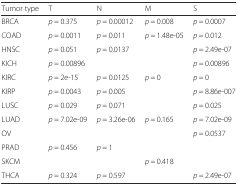
<table><thead><tr><td><b>Tumor type</b></td><td><b>T</b></td><td><b>N</b></td><td><b>M</b></td><td><b>S</b></td></tr></thead><tbody><tr><td>BRCA</td><td><i>p</i> = 0.375</td><td><i>p</i> = 0.00012</td><td><i>p</i> = 0.008</td><td><i>p</i> = 0.0007</td></tr><tr><td>COAD</td><td><i>p</i> = 0.0011</td><td><i>p</i> = 0.011</td><td><i>p</i> = 1.48e-05</td><td><i>p</i> = 0.012</td></tr><tr><td>HNSC</td><td><i>p</i> = 0.051</td><td><i>p</i> = 0.0137</td><td></td><td><i>p</i> = 2.49e-07</td></tr><tr><td>KICH</td><td><i>p</i> = 0.00896</td><td></td><td></td><td><i>p</i> = 0.00896</td></tr><tr><td>KIRC</td><td><i>p</i> = 2e-15</td><td><i>p</i> = 0.0125</td><td><i>p</i> = 0</td><td><i>p</i> = 0</td></tr><tr><td>KIRP</td><td><i>p</i> = 0.0043</td><td><i>p</i> = 0.005</td><td></td><td><i>p</i> = 8.86e-007</td></tr><tr><td>LUSC</td><td><i>p</i> = 0.029</td><td><i>p</i> = 0.071</td><td></td><td><i>p</i> = 0.025</td></tr><tr><td>LUAD</td><td><i>p</i> = 7.02e-09</td><td><i>p</i> = 3.26e-06</td><td><i>p</i> = 0.165</td><td><i>p</i> = 7.02e-09</td></tr><tr><td>OV</td><td></td><td></td><td></td><td><i>p</i> = 0.0537</td></tr><tr><td>PRAD</td><td><i>p</i> = 0.456</td><td><i>p</i> = 1</td><td></td><td></td></tr><tr><td>SKCM</td><td></td><td></td><td><i>p</i> = 0.418</td><td></td></tr><tr><td>THCA</td><td><i>p</i> = 0.324</td><td><i>p</i> = 0.597</td><td></td><td><i>p</i> = 2.49e-07</td></tr></tbody></table>